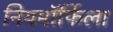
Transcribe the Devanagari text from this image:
नियमॉर्फिला